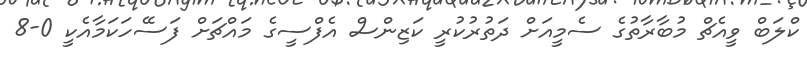
ކްލަބް ވީއެޗް މުބާރާތުގެ ސެމީއަށް ދަތުރުކުރީ ކަޒިންސް އެފްސީގެ މައްޗަށް ފަސޭހަކަމާއެކީ 0-8